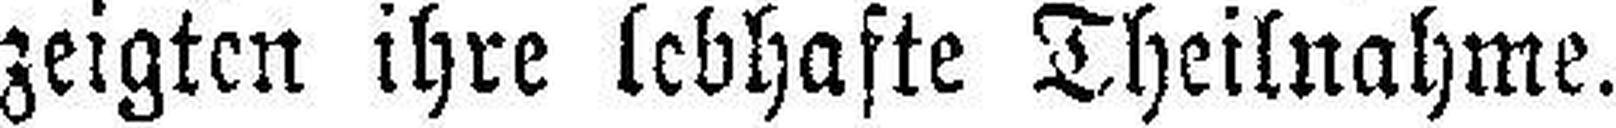
zeigten ihre lebhafte Theilnahme.